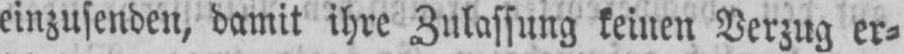
einzusenden, damit ihre Zulassung keinen Verzug er⸗